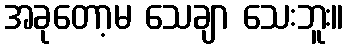
အခုတော့မ သေချာ သေးဘူး။